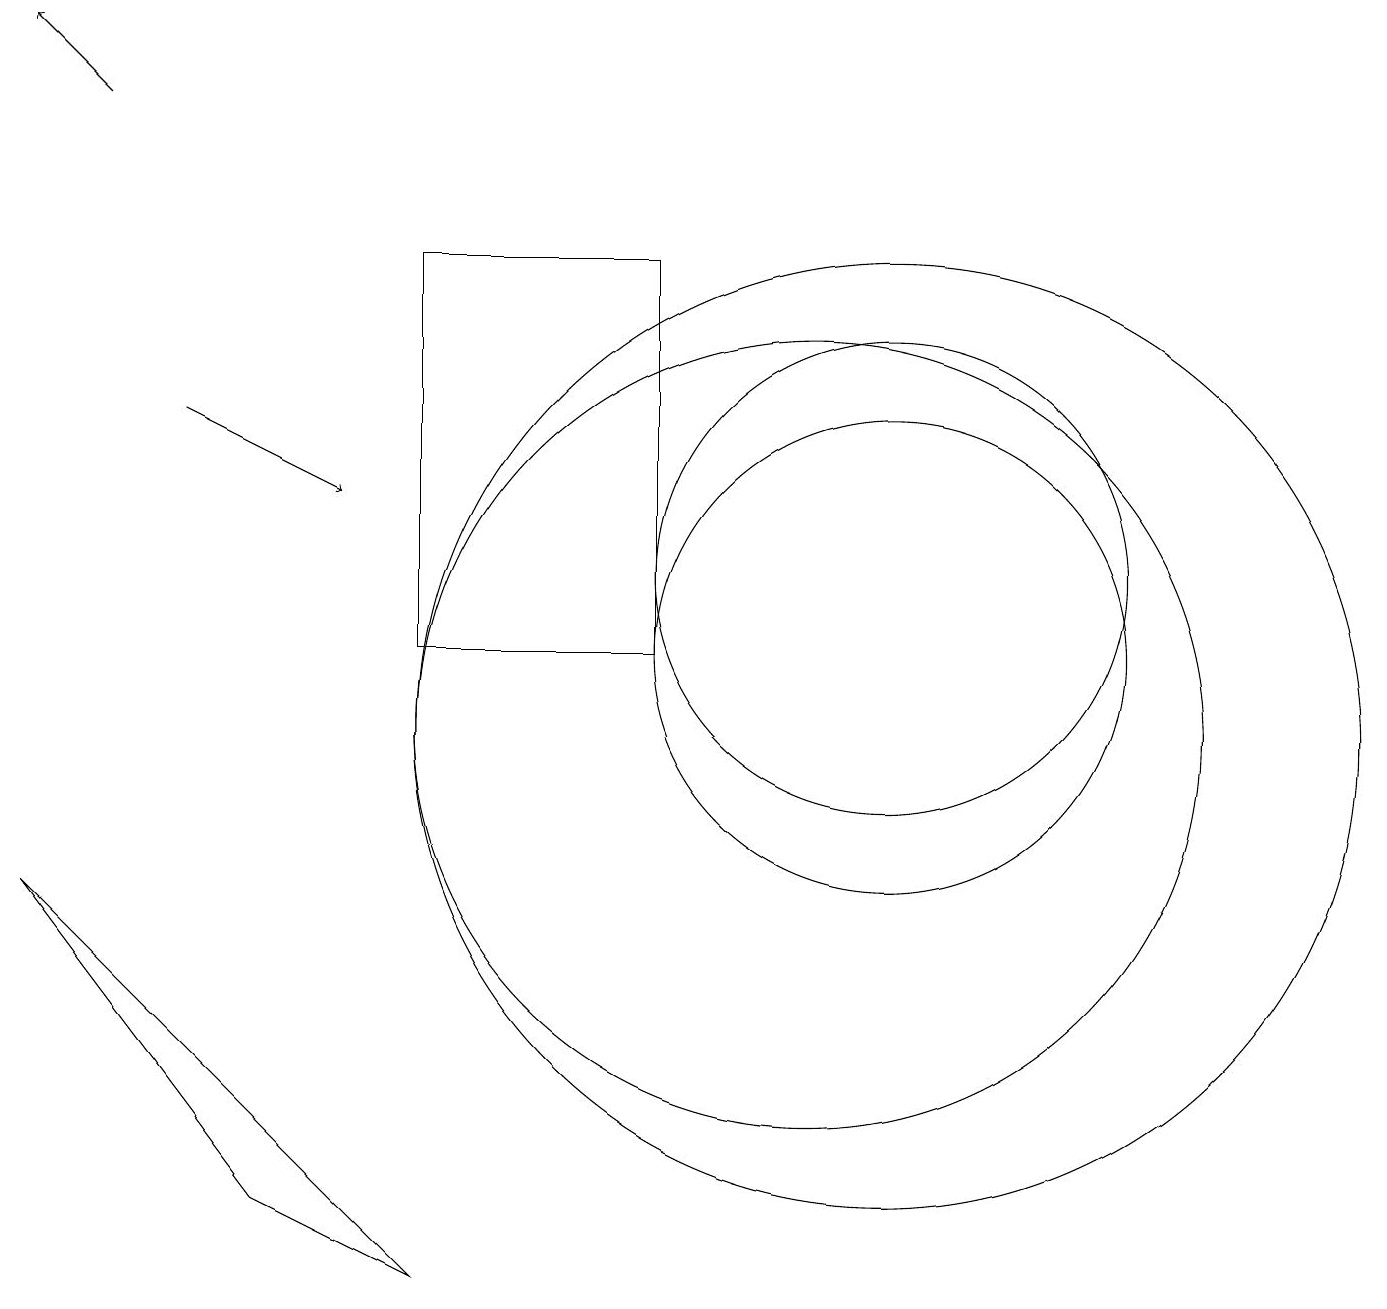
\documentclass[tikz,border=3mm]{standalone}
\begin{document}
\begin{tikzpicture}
\draw (11,10) circle (6);
\draw (10,10) circle (5);
\draw (11,12) circle (3);
\draw (8,16) rectangle (5,11);
\draw (11,11) circle (3);
\draw[->] (1,18) -- (0,19);
\draw[->] (2,14) -- (4,13);
\draw (3,4) -- (5,3) -- (0,8) -- cycle;
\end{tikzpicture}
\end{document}